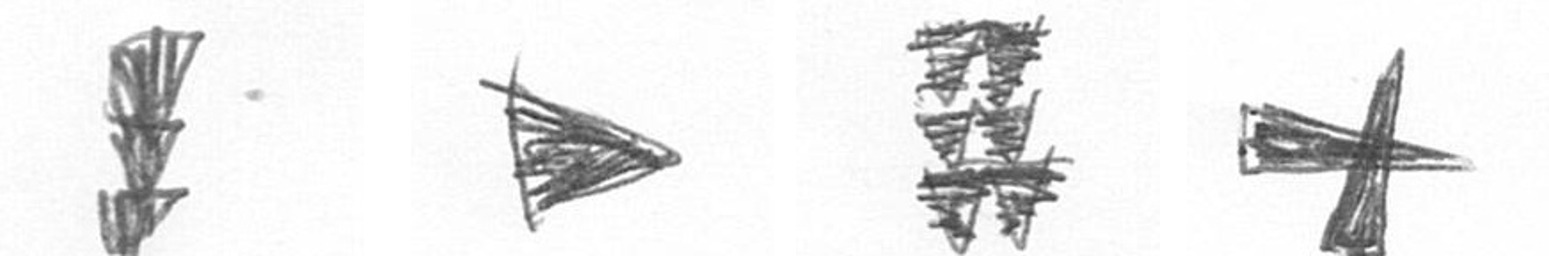
E T Y G